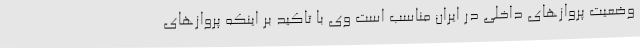
وضعیت پروازهای داخلی در ایران مناسب است وی با تاکید بر اینکه پروازهای